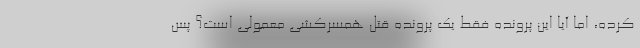
کرده، اما آیا این پرونده فقط یک پرونده قتل همسرکشی معمولی است؟ پس